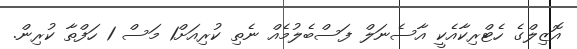
އޮޒިލްގެ ހެޓްރިކާއެކީ އާސެނަލް ފަސްބެލުމެއް ނެތި ކުރިއަށް1 މަސް 1 ހަފްތާ ކުރިން.